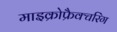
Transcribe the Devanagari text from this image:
माइक्रोफ्रैक्चरिंग